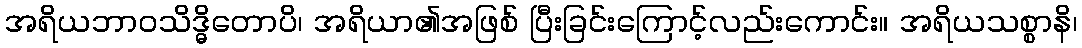
အရိယဘာဝသိဒ္ဓိတောပိ၊ အရိယာ၏အဖြစ် ပြီးခြင်းကြောင့်လည်းကောင်း။ အရိယသစ္စာနိ၊